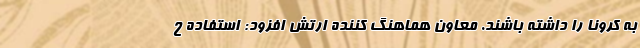
به کرونا را داشته باشند. معاون هماهنگ کننده ارتش افزود: استفاده ح